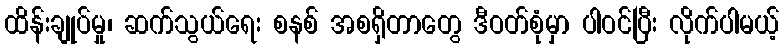
ထိန်းချုပ်မှု၊ ဆက်သွယ်ရေး စနစ် အစရှိတာတွေ ဒီဝတ်စုံမှာ ပါဝင်ပြီး လိုက်ပါမယ့်